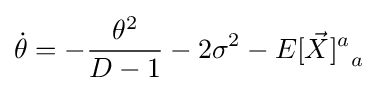
{\dot {\theta }}=-{\frac {\theta ^{2}}{D-1}}-2\sigma ^{2}-{E[{\vec {X}}]^{a}}_{a}